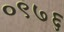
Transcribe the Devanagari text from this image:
०९७६